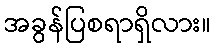
အခွန်ပြစရာရှိလား။